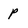
Character: p